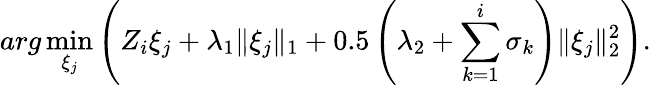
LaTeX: arg\operatorname*{min}_{\xi_{j}}\left(Z_{i}\xi_{j}+\lambda_{1}\| \xi_{j}\| _{1}+0.5\left(\lambda_{2}+\sum_{k=1}^{i}\sigma_{k}\right)\| \xi_{j}\| _{2}^{2}\right).